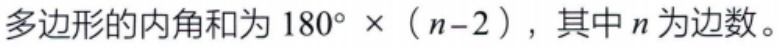
多边形的内角和为 \(180^{\circ} \times (n - 2)\)，其中 \(n\) 为边数。